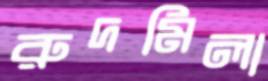
রুদমিলা